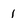
Character: 1